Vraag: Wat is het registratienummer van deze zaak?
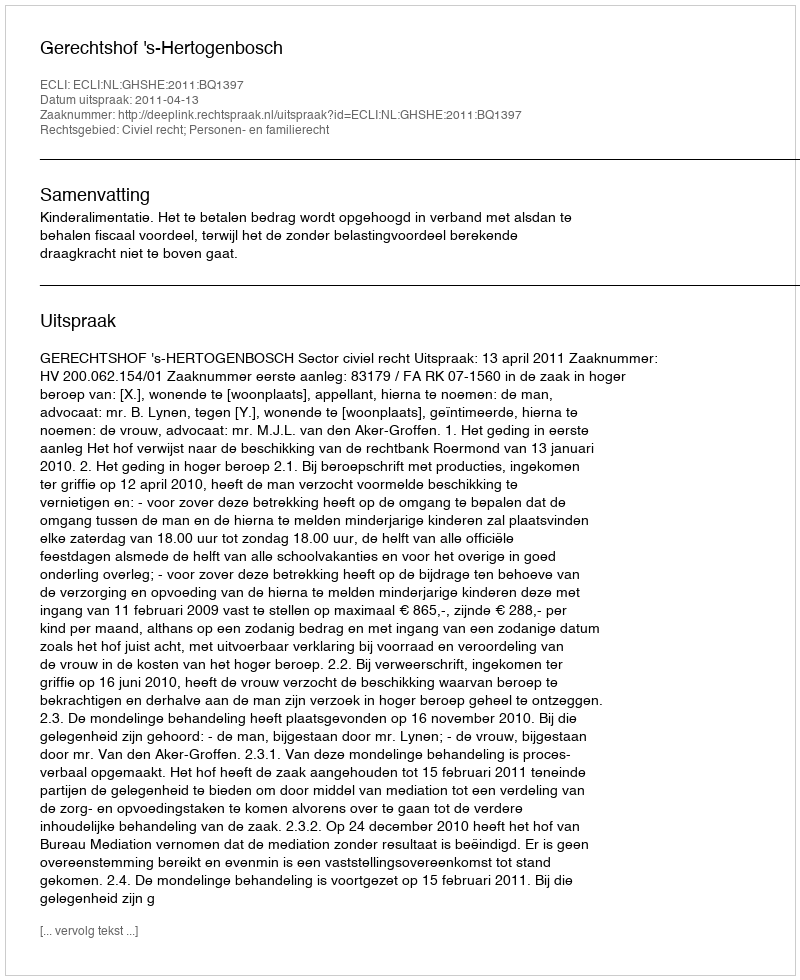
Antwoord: http://deeplink.rechtspraak.nl/uitspraak?id=ECLI:NL:GHSHE:2011:BQ1397